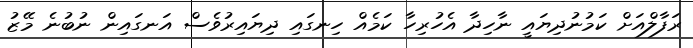
ރަފާލްއަށް ކަމުނުދިޔައީ ނާހިދާ އެހުރިހާ ކަމެއް ހިނގައި ދިޔައިރުވެސް އަނގައިން ނުބުނެ މޭޒު